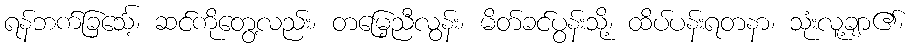
ရန်ဘက်ခြင်္သေ့၊ ဆင်ကိုတွေ့လည်း၊ တမြေ့ညီလွန်း၊ မိတ်ခင်ပွန်းသို့၊ ထိပ်ပန်းရတနာ၊ သုံးလူ့ချာ၏၊